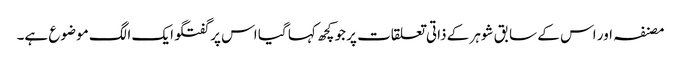
مصنفہ اور اس کے سابق شوہر کے ذاتی تعلقات پر جو کچھ کہا گیا اس پر گفتگو ایک الگ موضوع ہے۔